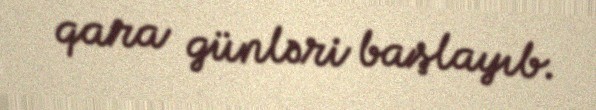
qara günləri başlayıb.